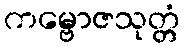
ကမ္ဗောဇသုတ္တံ